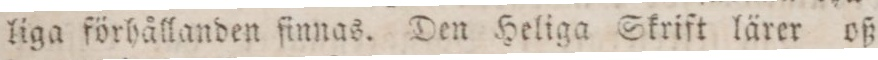
liga förhållanden ſinnas. Den Heliga Skrift lärer oß